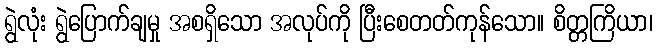
ရွဲလုံး ရွဲပြောက်ချမှု အစရှိသော အလုပ်ကို ပြီးစေတတ်ကုန်သော။ စိတ္တကြိယာ၊